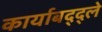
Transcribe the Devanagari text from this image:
कार्याबद्द्ले